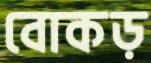
বোকড়